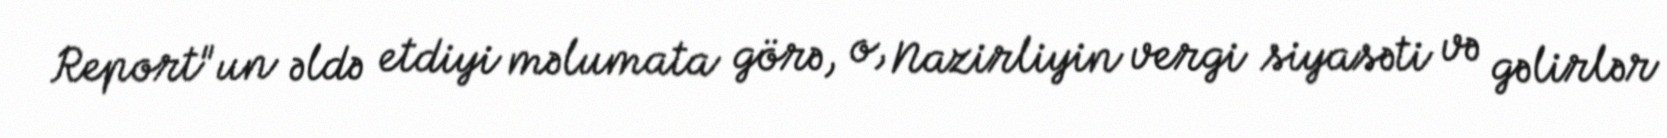
Report"un əldə etdiyi məlumata görə, o, Nazirliyin vergi siyasəti və gəlirlər